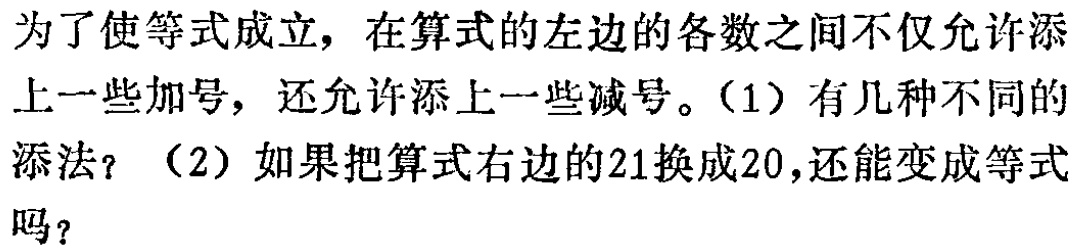
为了使等式成立，在算式的左边的各数之间不仅允许添上一些加号，还允许添上一些减号。（1）有几种不同的添法？（2）如果把算式右边的21换成20，还能变成等式吗？